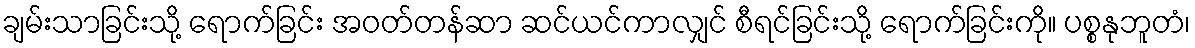
ချမ်းသာခြင်းသို့ ရောက်ခြင်း အဝတ်တန်ဆာ ဆင်ယင်ကာလျှင် စီရင်ခြင်းသို့ ရောက်ခြင်းကို။ ပစ္စနုဘူတံ၊